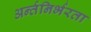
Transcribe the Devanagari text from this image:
अर्न्तनिर्भरता